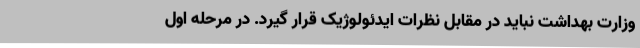
وزارت بهداشت نباید در مقابل نظرات ایدئولوژیک قرار گیرد. در مرحله اول